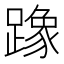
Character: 𫏡